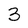
Character: 3